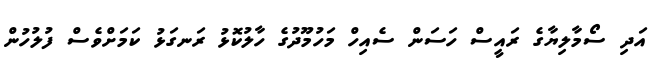
އަދި ސޯމާލިޔާގެ ރައީސް ހަސަން ސެއިހް މަހުމޫދުގެ ހާލުކޮޅު ރަނގަޅު ކަމަށްވެސް ފުލުހުން